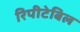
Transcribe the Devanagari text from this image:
रिपीटेबिल